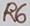
Text: R6